Lunatic asylums Madras 1877-1891 - 1877-1891
Year: 1877
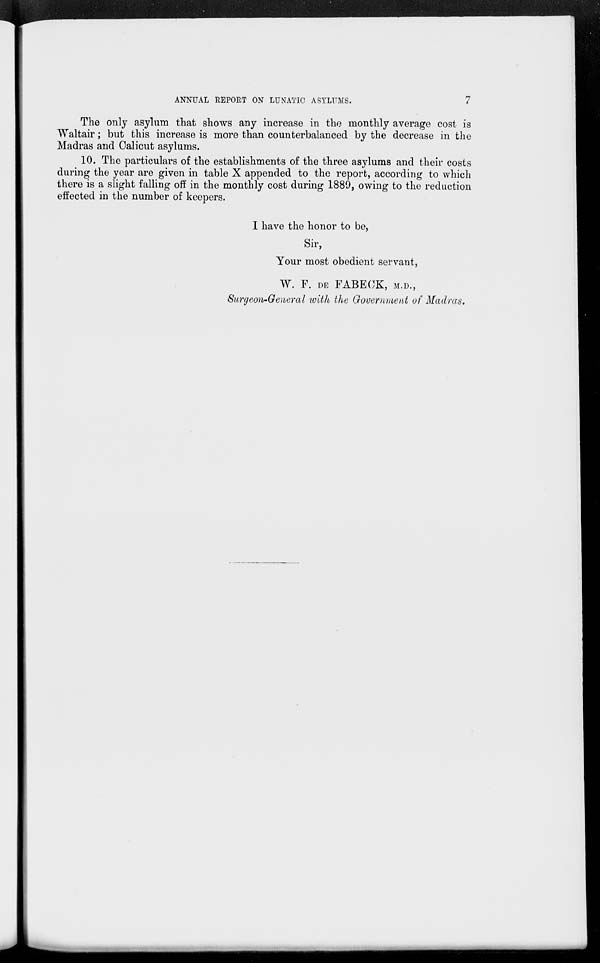
ANNUAL REPORT ON LUNATIC ASYLUMS.
7
The only asylum that shows any increase in the monthly average cost is
Waltair; but this increase is more than counterbalanced by the decrease in the
Madras and Calicut asylums.
10. The particulars of the establishments of the three asylums and their costs
during the year are given in table X appended to the report, according to which
there is a slight falling off in the monthly cost during 1889, owing to the reduction
effected in the number of keepers.
I have the honor to be,
Sir,
Your most obedient servant,
W. F. DE FABECK, M.D.,
Surgeon-General with the Government of Madras.